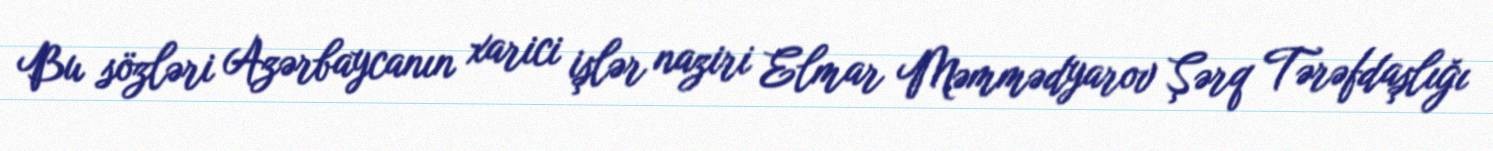
Bu sözləri Azərbaycanın xarici işlər naziri Elmar Məmmədyarov Şərq Tərəfdaşlığı